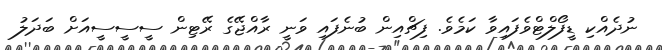
ނުދެއްކި ޑީފޯލްޓްވެފައިވާ ކަމެވެ. ފިޗްއިން ބުނެފައި ވަނީ ރާއްޖޭގެ ރޭޓިން ސީސީސީއަށް ބަދަލު